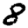
Digit: 8